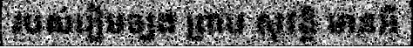
របស់រៀមច្បង ព្រាប សុវត្ថិ មានអី